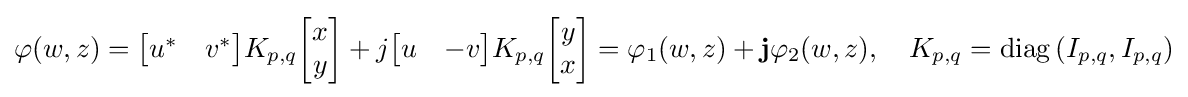
\varphi (w,z)={\begin{bmatrix}u^{*}&v^{*}\end{bmatrix}}K_{p,q}{\begin{bmatrix}x\\y\end{bmatrix}}+j{\begin{bmatrix}u&-v\end{bmatrix}}K_{p,q}{\begin{bmatrix}y\\x\end{bmatrix}}=\varphi _{1}(w,z)+\mathbf {j} \varphi _{2}(w,z),\quad K_{p,q}=\mathrm {diag} \left(I_{p,q},I_{p,q}\right)